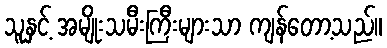
သူနှင့် အမျိုးသမီးကြီးများသာ ကျန်တော့သည်။